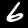
Digit: 6